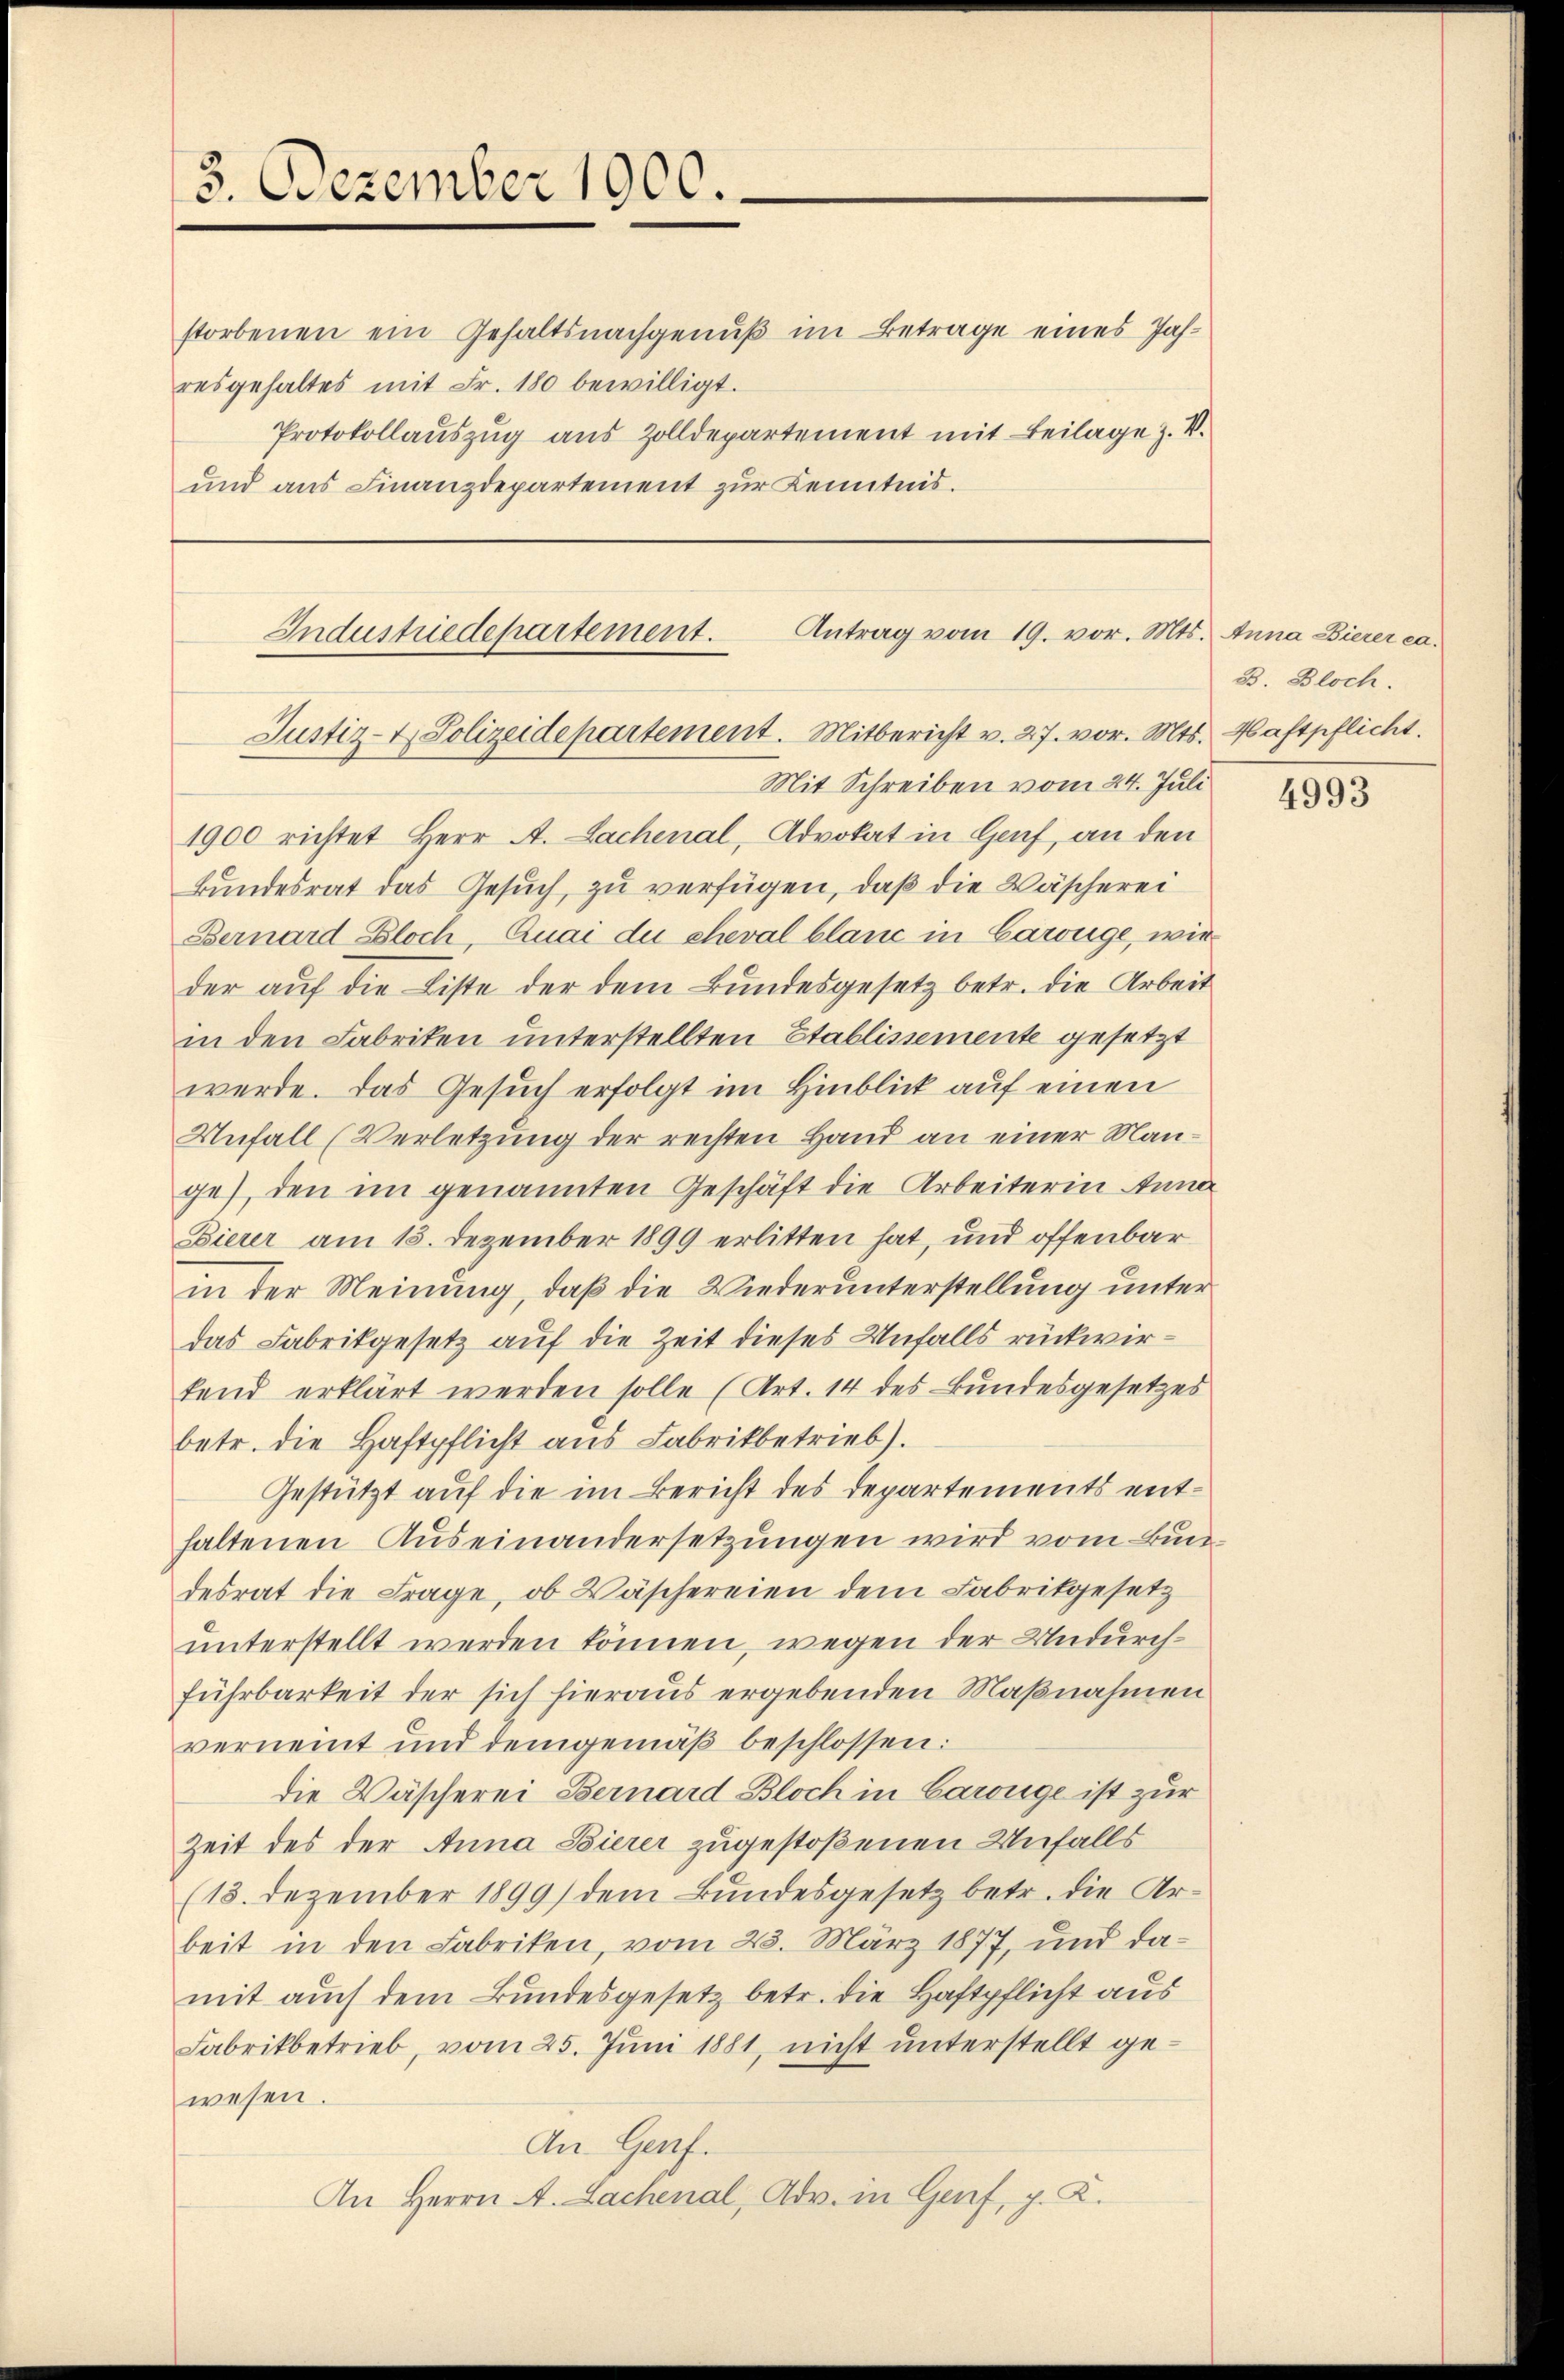
3. Dezember 1900.

Industriedepartement.
Justiz- & Polizeidepartement. Mitbericht v. 27. vor. Mts. Haftpflicht.

storbenen ein Gehaltsnachgenuß im Betrage eines Jahresgehaltes mit Fr. 180 bewilligt.
Protokollauszug aus Zolldepartement mit Beilage z. V.
und aus Finanzdepartement zur Kenntnis.

1900 richtet Herr A. Lachenal, Advokat in Genf, an den
Bundesrat das Gesuch, zu verfügen, daß die Wäscherei
Bernard Bloch, Quai due cheval blanc in Carouge, wie
der auf die Liste der dem Bundesgesetz betr. die Arbeit
in den Fabriken unterstellten Etablissemente gesetzt
werde. Das Gesuch erfolgt im Hinblick auf einen
Unfall (Verletzung der rechten Hand an einer Mange), den im genannten Geschäft die Arbeiterin Anna
Bierer am 15. Dezember 1899 erlitten hat, und offenbar
in der Meinung, daß die Wiederunterstellung unter
das Fabrikgesetz auf die Zeit dieses Unfalls rückwirfend erklärt werden solle (Art. 14 des Bundesgesetzes
betr. die Haftpflicht aus Fabrikbetrieb).
Gestützt auf die im Bericht des Departements enthaltenen Auseinandersetzungen wird vom Bundesrat die Frage, ob Wäschereien dem Fabrikgesetz
unterstellt werden können, wegen der Undurchführbarkeit der sich hieraus ergebenden Maßnahmen
verneint und demgemäβ beschlossen:
die Wäscherei Bernard Bloch in Carouge ist zur
Zeit des der Anna Bierer zugestoßenen Unfalls
(18. Dezember 1899) dem Bundesgesetz betr. die Arbeit in den Fabriken, vom 23. März 1877, und damit auch dem Bundesgesetz betr. die Haftpflicht aus
Fabrikbetrieb, vom 25. Jŭni 1881, nicht unterstellt ge-
wesen.
An Genf.
An Herrn A. Lachenal, Adv. in Genf, p. K.

Antrag vom 19. vor. Mts. Anna Bierer ca.
Mit Schreiben vom 24. Juli

B. Bloch.

4993